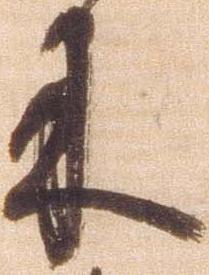
来